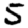
Digit: 5